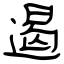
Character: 遏